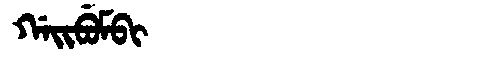
Manchu: ᡤᠠᡳᠪᡠᠮᠪᡳ
Romanization: GAIBUMBI